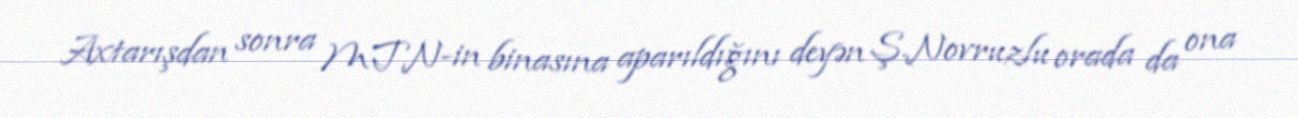
Axtarışdan sonra MTN-in binasına aparıldığını deyən Ş.Novruzlu orada da ona